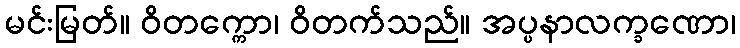
မင်းမြတ်။ ဝိတက္ကော၊ ဝိတက်သည်။ အပ္ပနာလက္ခဏော၊